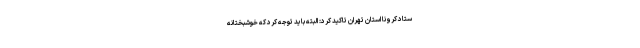
ستاد کرونا استان تهران تاکید کرد: البته باید توجه کرد که خوشبختانه